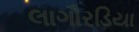
લાગૌરડિયા